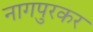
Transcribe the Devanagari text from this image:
नागपुरकर